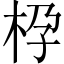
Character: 𱣌